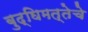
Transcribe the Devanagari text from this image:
बुद्घिमत्तेचे